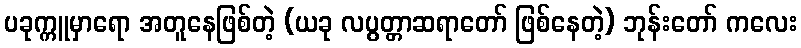
ပခုက္ကူမှာရော အတူနေဖြစ်တဲ့ (ယခု လပွတ္တာဆရာတော် ဖြစ်နေတဲ့) ဘုန်းတော် ကလေး